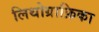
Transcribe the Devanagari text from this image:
लिथोग्राफ़िका